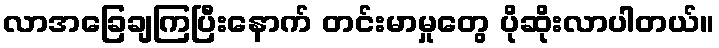
လာအခြေချကြပြီးနောက် တင်းမာမှုတွေ ပိုဆိုးလာပါတယ်။